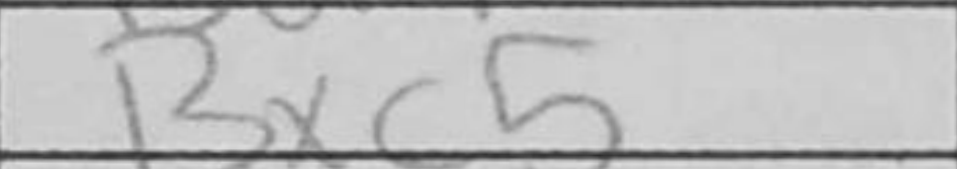
Transcription: Bxc5